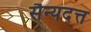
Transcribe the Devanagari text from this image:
सैन्यदत्त